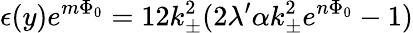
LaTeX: \epsilon(y)e^{m\Phi_{0}}=12k_{\pm}^{2}(2\lambda^{\prime}\alpha k_{\pm}^{2}e^{n\Phi_{0}}-1)